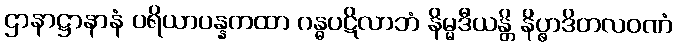
ဌာနာဋ္ဌာနာနံ ပရိယာပန္နကထာ ဂန္ဓပဋိလာဘံ နိမ္မဒီယန္တိ နိပ္ဖာဒိတလဝဏံ